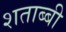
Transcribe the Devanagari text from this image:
शताब्बी